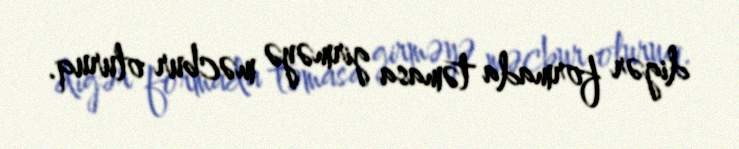
digər formada təmasa girməyə məcbur oluruq.